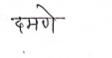
मजकूर: दमणे